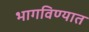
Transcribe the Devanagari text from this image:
भागविण्यात